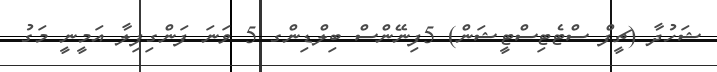
ޝަހުދާ (ޗީފް ސްޓެޓިސްޓީޝަން) 5ފިނޭންސް ބިލްޑިންގ 5 ވަނަ ފަންގިފިލާ އަމީނީ މަގު